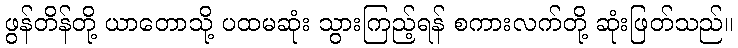
ဖွန်တိန်တို့ ယာတောသို့ ပထမဆုံး သွားကြည့်ရန် စကားလက်တို့ ဆုံးဖြတ်သည်။